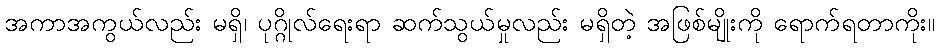
အကာအကွယ်လည်း မရှိ၊ ပုဂ္ဂိုလ်ရေးရာ ဆက်သွယ်မှုလည်း မရှိတဲ့ အဖြစ်မျိုးကို ရောက်ရတာကိုး။